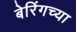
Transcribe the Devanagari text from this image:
बेरिंगच्या